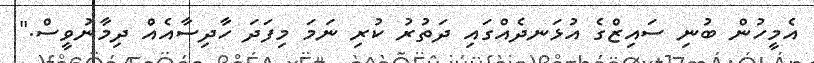
އެމީހުން ބުނި ސައިޒްގެ އުޅަނދެއްގައި ދަތުރު ކުރި ނަމަ މިފަދަ ހާދިސާއެއް ދިމާނުވީސް."